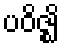
ပဝိဇ္ဈိ